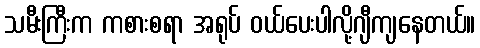
သမီးကြီးက ကစားစရာ အရုပ် ဝယ်ပေးပါလို့ဂျီကျနေတယ်။